Rangoon Lunatic Asylum 1898-1906 - 1898-1906
Year: 1898
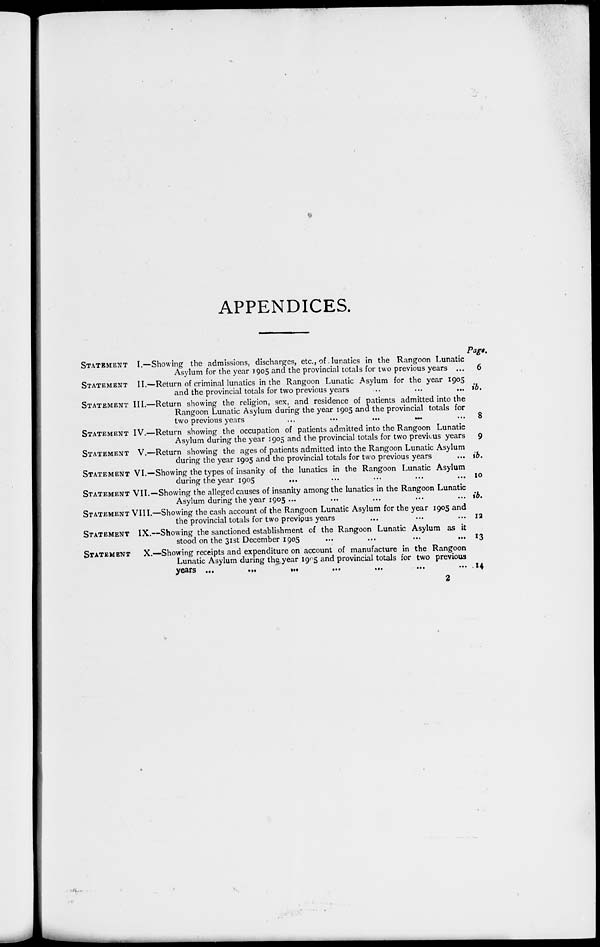
APPENDICES.
STATEMENT
STATEMENT
STATEMENT
STATEMENT
STATEMENT
STATEMENT
STATEMENT
STATEMENT
STATEMENT
STATEMENT
I.—Showing the admissions, discharges, etc., of lunatics in the Rangoon Lunatic
Asylum for the year 1905 and the provincial totals for two previous years ...
II.—Return of criminal lunatics in the Rangoon Lunatic Asylum for the year 1905
and the provincial totals for two previous years
III.—Return showing the religion, sex, and residence of patients admitted into the
Rangoon Lunatic Asylum during the year 1905 and the provincial totals for
two previous years
...
...
...
...
IV.—Return showing the occupation of patients admitted into the Rangoon Lunatic
Asylum during the year 1905 and the provincial totals for two previous years
V.—Return showing the ages of patients admitted into the Rangoon Lunatic Asylum
during the year 1905 and the provincial totals for two previous years
VI.—Showing the types of insanity of the lunatics in the Rangoon Lunatic Asylum
during the year 1905
VII.—Showing the alleged causes of insanity among the lunatics in the Rangoon Lunatic
Asylum during the year 1905 ...
III.—Showing the cash account of the Rangoon Lunatic Asylum for the year 1905 and
the provincial totals for two previous years
IX.—Showing the sanctioned establishment of the Rangoon Lunatic Asylum as it
stood on the 31st December 1905
X.—Showing receipts and expenditure on account of manufacture in the Rangoon
Lunatic Asylum during the year 1905 and provincial totals for two previous
years
...
...
...
...
...
...
Page.
6
ib.
8
9
ib.
10
ib.
12
13
14
2